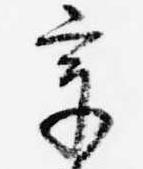
章